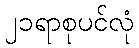
၂၁ရာစုပင်လုံ